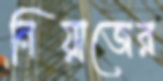
নিয়াজের